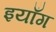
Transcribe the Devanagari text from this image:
इयाँग